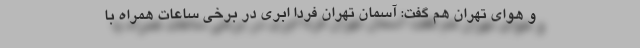
و هوای تهران هم گفت: آسمان تهران فردا ابری در برخی ساعات همراه با